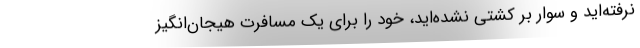
نرفته‌اید و سوار بر کشتی نشده‌اید، خود را برای یک مسافرت هیجان‌انگیز